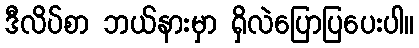
ဒီလိပ်စာ ဘယ်နားမှာ ရှိလဲပြောပြပေးပါ။